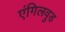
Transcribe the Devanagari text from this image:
एंगिलवुड